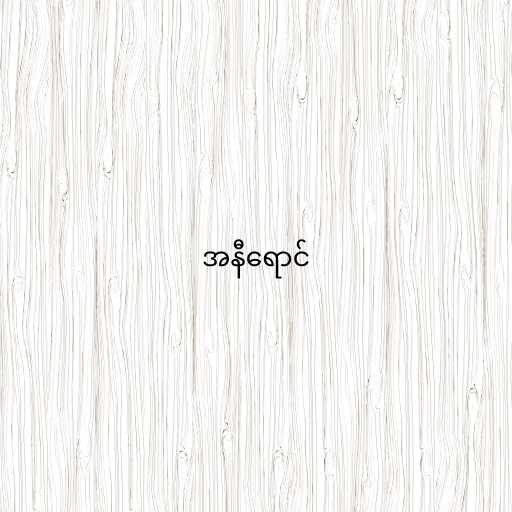
အနီရောင်